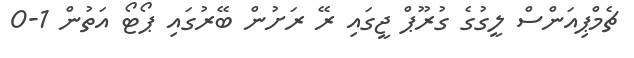
ޗެމްޕިއަންސް ލީގުގެ ގުރޫޕް ޖީގައި ރޭ ރަށުން ބޭރުގައި ޕޯޓޯ އަތުން 1-0